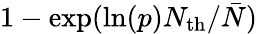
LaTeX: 1-\mathrm{{exp}}(\mathrm{{ln}}(p)N_{\mathrm{{th}}}/\bar{N})